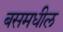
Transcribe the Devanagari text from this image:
बसमधील